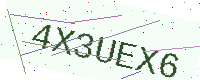
Text: 4X3UEX6